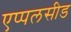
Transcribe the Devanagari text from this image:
एप्पलसीड